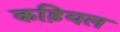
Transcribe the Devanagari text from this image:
कड़ियल